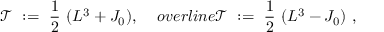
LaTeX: { \mathcal T } \ : = \ \frac 1 2 \ ( L ^ { 3 } + J _ { 0 } ) , \quad \, o v e r l i n e { \mathcal T } \ : = \ \frac 1 2 \ ( L ^ { 3 } - J _ { 0 } ) \ ,